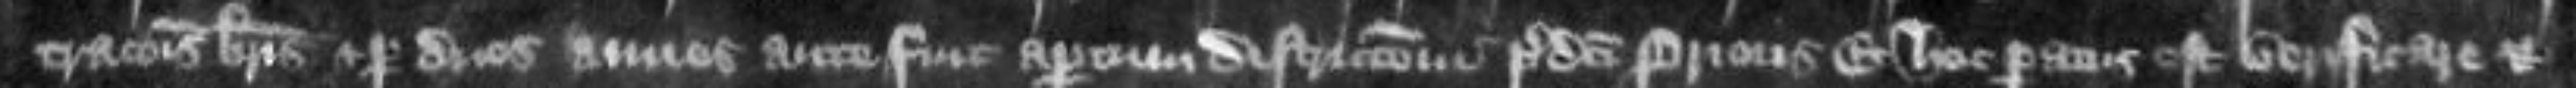
trationis brevis et per duos annos ante fuit apertum districtioni predicti prioris Et hoc paratus est verificare etc et